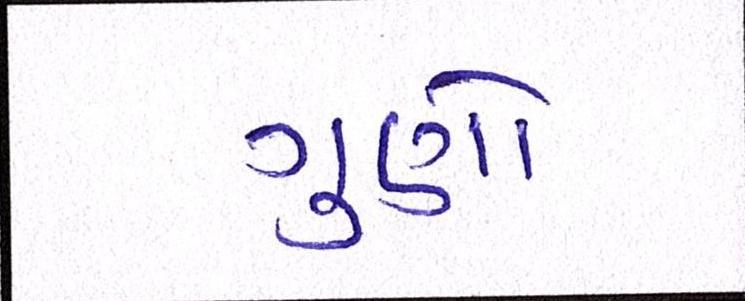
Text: ગુણો